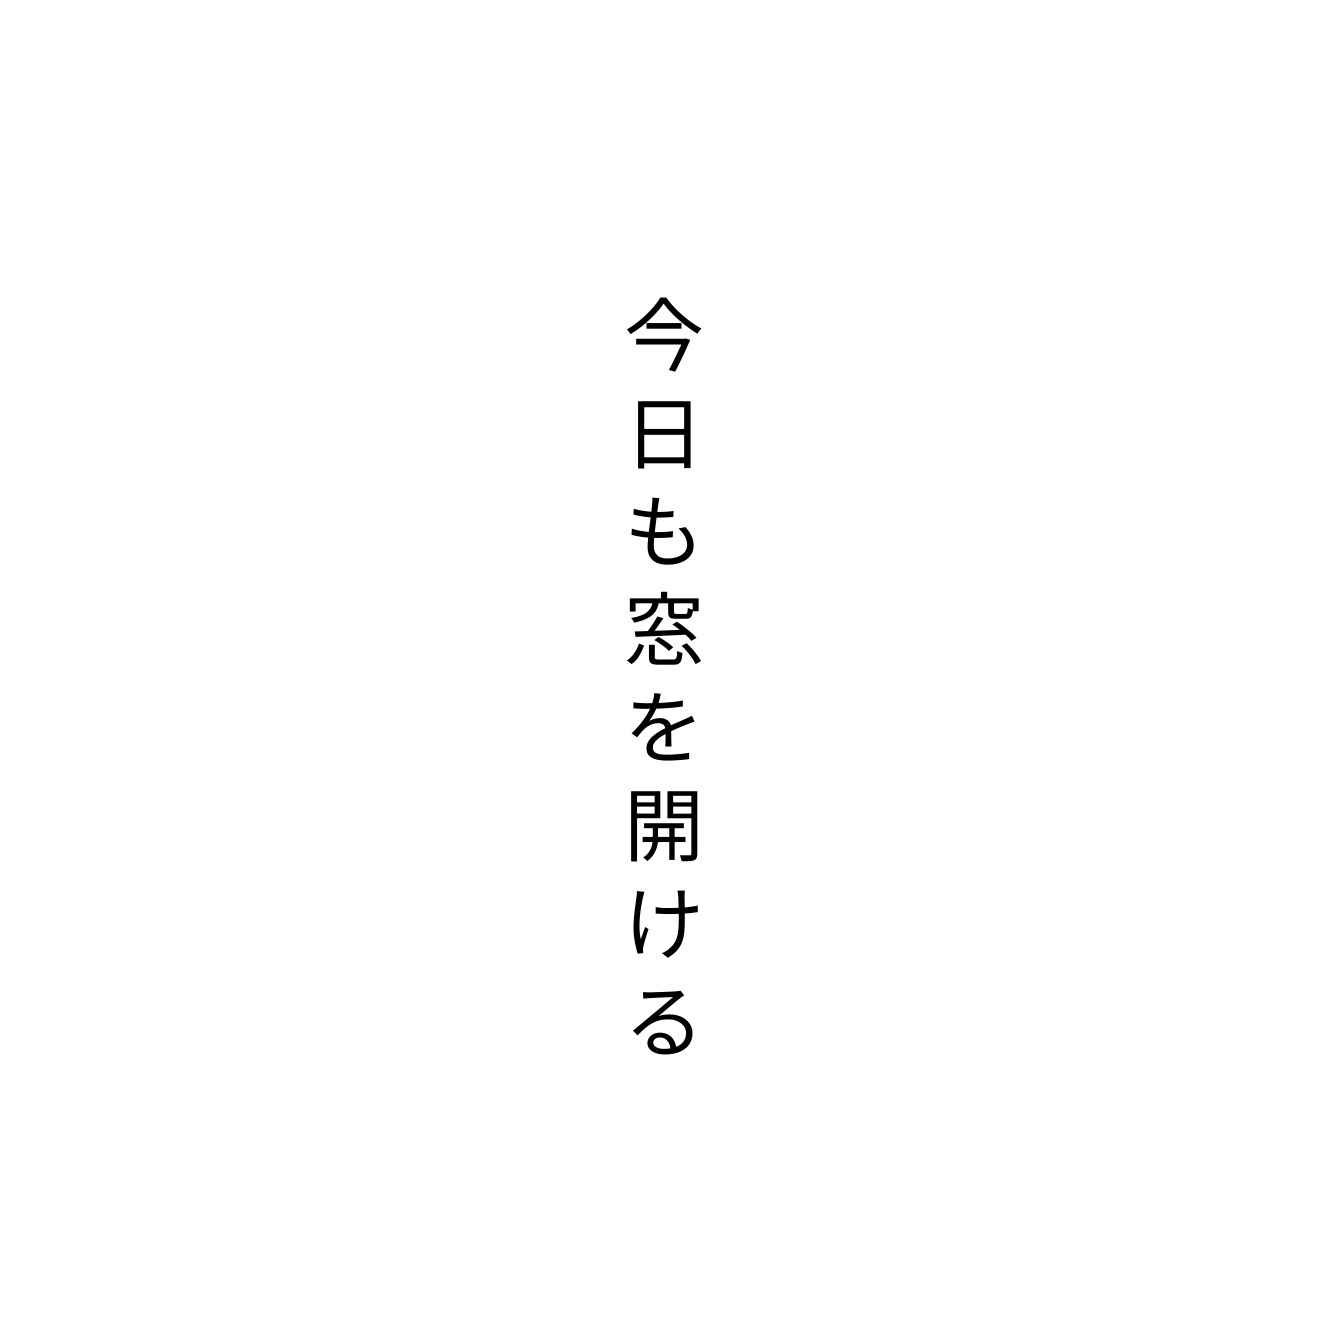
今日も窓を開ける